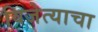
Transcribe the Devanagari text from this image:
विजेत्याचा